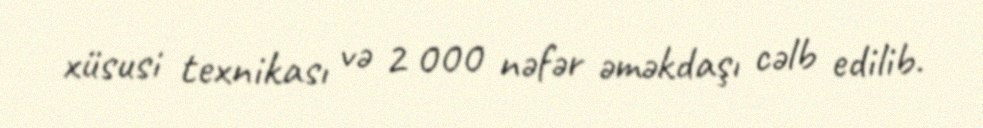
xüsusi texnikası və 2 000 nəfər əməkdaşı cəlb edilib.